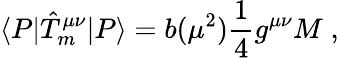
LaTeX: \langle P|\hat{T}_{m}^{\mu\nu}|P\rangle=b(\mu^{2}){\frac{1}{4}}g^{\mu\nu}M\; ,